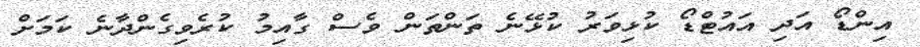
އިންޑޯ އަދި އައުޓްޑޯ ކުޅިވަރު ކުޅޭނެ ތަންތަން ވެސް ގާއިމު ކުރެވިގެންދާނެ ކަމަށް